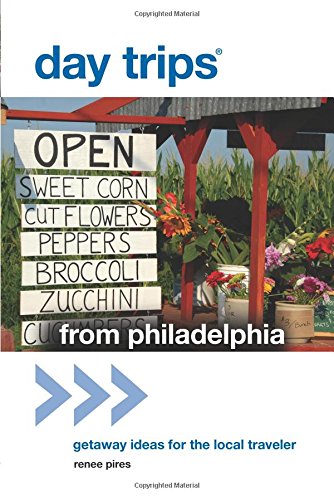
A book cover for Day TripsÂ® from Philadelphia: Getaway Ideas For The Local Traveler (Day Trips Series); Renee Pires; Travel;